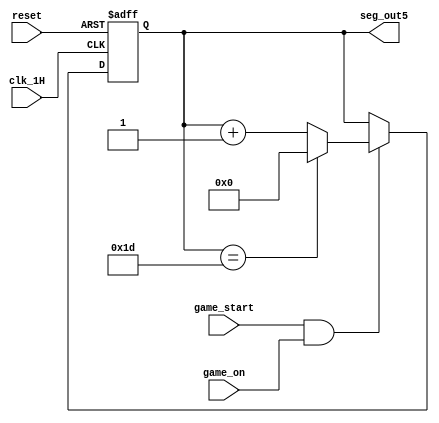
`timescale 1ns / 1ps
//////////////////////////////////////////////////////////////////////////////////
// Company: 
// Engineer: 
// 
// Design Name: 
// Module Name: user_module1
// Project Name: 
// Target Devices: 
// Tool Versions: 
// Description: 
// 
// Dependencies: 
// 
// Revision:
// Revision 0.01 - File Created
// Additional Comments:
// 
//////////////////////////////////////////////////////////////////////////////////


module user_module5(
    input clk_1H,
    input reset,
    input game_start,
    input game_on,
    output [4:0]seg_out5
    );
    reg [4:0]count_reg=0;
    
    reg [4:0]count_next=0;
    always @(posedge clk_1H or posedge reset)
    begin
    if (reset)
    count_reg<=0;
    else if (game_start && game_on)
    count_reg<=count_next;
    end
    always@(*)
    begin
    if(count_reg==5'd29)
    count_next=0;
    else
   count_next=count_reg+1;
   end
   assign seg_out5=count_reg;
   endmodule